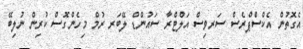
އެގޮތުން އެކްސްޕްރެސް ސަރވިސް އަލްޓްރާ ސައުންޑް ލޭބަރ ރުމް މިހެންގޮސް ކުރިން ނުލިބޭ